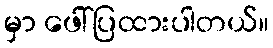
မှာ ဖေါ်ပြထားပါတယ်။